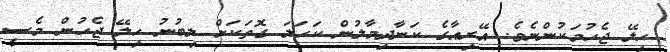
ހިލޭ ޖެހުމަކުންނެވެ. އޭރިއާގެ ކަނާދިމާލުން ކަހަލަ ގޮތަކަށް ލިބުނު ހިލޭ ޖެހުން މެސީ